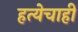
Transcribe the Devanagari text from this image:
हत्येचाही